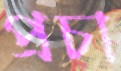
প্রচা